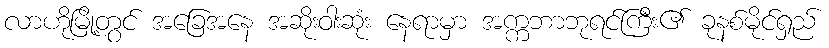
လာဟိုမြို့တွင် အခြေအနေ အဆိုးဝါးဆုံး နေရာမှာ အက္ကဘာဘုရင်ကြီး၏ ခုနစ်မိုင်ရှည်